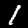
Digit: 1